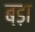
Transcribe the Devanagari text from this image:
ब्ड़ा